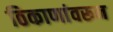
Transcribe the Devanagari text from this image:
ठिकाणांवरून